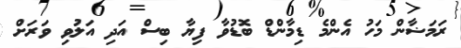
ރަމަޟާން މަހު އެންމެ ޑިމާންޑް ބޮޑުވާ ފިޔާ ބިސް އަދި އަލުވި ވަރަށް